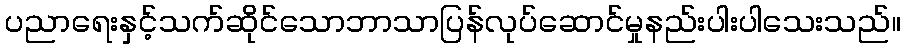
ပညာရေးနှင့်သက်ဆိုင်သောဘာသာပြန်လုပ်ဆောင်မှုနည်းပါးပါသေးသည်။